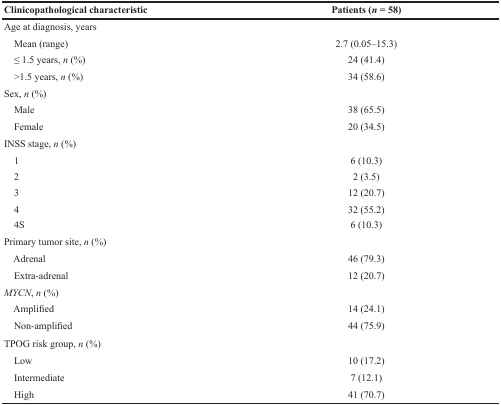
<table><thead><tr><td><b>Clinicopathological characteristic</b></td><td><b>Patients (<i>n</i> = 58)</b></td></tr></thead><tbody><tr><td>Age at diagnosis, years</td><td></td></tr><tr><td> Mean (range)</td><td>2.7 (0.05–15.3)</td></tr><tr><td> ≤ 1.5 years, <i>n</i> (%)</td><td>24 (41.4)</td></tr><tr><td> &gt;1.5 years, <i>n</i> (%)</td><td>34 (58.6)</td></tr><tr><td>Sex, <i>n</i> (%)</td><td></td></tr><tr><td> Male</td><td>38 (65.5)</td></tr><tr><td> Female</td><td>20 (34.5)</td></tr><tr><td>INSS stage, <i>n</i> (%)</td><td></td></tr><tr><td> 1</td><td>6 (10.3)</td></tr><tr><td> 2</td><td>2 (3.5)</td></tr><tr><td> 3</td><td>12 (20.7)</td></tr><tr><td> 4</td><td>32 (55.2)</td></tr><tr><td> 4S</td><td>6 (10.3)</td></tr><tr><td>Primary tumor site, <i>n</i> (%)</td><td></td></tr><tr><td> Adrenal</td><td>46 (79.3)</td></tr><tr><td> Extra-adrenal</td><td>12 (20.7)</td></tr><tr><td><i>MYCN</i>, <i>n</i> (%)</td><td></td></tr><tr><td> Amplified</td><td>14 (24.1)</td></tr><tr><td> Non-amplified</td><td>44 (75.9)</td></tr><tr><td>TPOG risk group, <i>n</i> (%)</td><td></td></tr><tr><td> Low</td><td>10 (17.2)</td></tr><tr><td> Intermediate</td><td>7 (12.1)</td></tr><tr><td> High</td><td>41 (70.7)</td></tr></tbody></table>